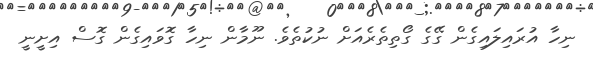
ނިހާ އުރައިލައިގެން ގޭގެ ގޯތިތެރެއަށް ނުކުތެވެ. ނޫމާން ނިހާ ގޮވައިގެން ގޮސް އިށީނީ